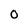
Character: 0